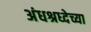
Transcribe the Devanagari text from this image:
अंधश्रध्देच्या